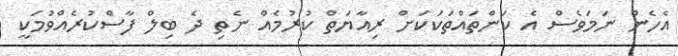
އެހެން ނަމަވެސް އެ ކަންތައްތަކަކަށް ރިއާޔަތް ކުރުމެއް ނެތި ދެ ބިލް ފާސްކުރެއްވުމަކީ